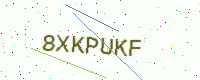
Text: 8XKPUKF